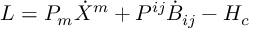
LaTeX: { \cal L } = P _ { m } \dot { X } ^ { m } + P ^ { i j } \dot { B } _ { i j } - { \cal H } _ { c }